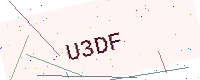
Text: U3DF